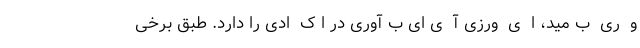
و  ری  ب مید، ا  ی  ورزی آ  ی ای ب آوری در ا ک  ادی را دارد. طبق برخی